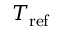
T _ { \mathrm { r e f } }